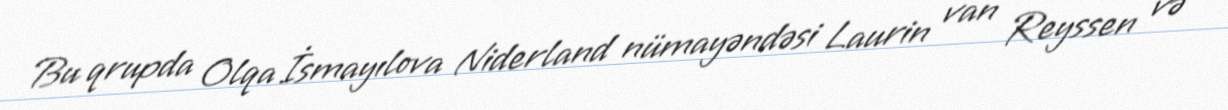
Bu qrupda Olqa İsmayılova Niderland nümayəndəsi Laurin van Reyssen və